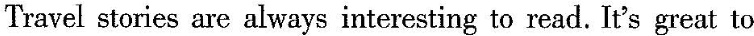
Travel stories are always interesting to read. It's great to